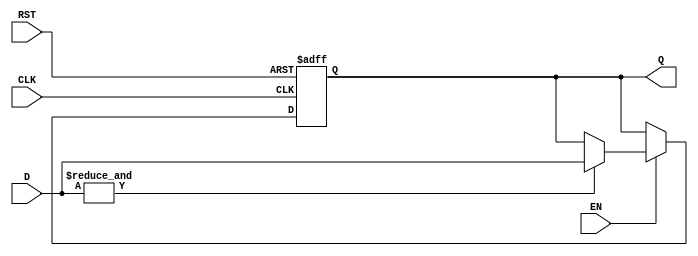
module BarrierRegister #(
    parameter N = 4 // Number of data inputs
)(
    input wire [N-1:0] D,    // Data inputs
    input wire EN,            // Enable signal
    input wire CLK,           // Clock signal
    input wire RST,           // Reset signal
    output reg [N-1:0] Q      // Synchronized output
);

// Asynchronous reset
always @(posedge CLK or posedge RST) begin
    if (RST) begin
        Q <= {N{1'b0}}; // Initialize output to zero
    end else if (EN) begin
        // Check if all inputs are valid (not in reset state)
        if (&D) begin // All inputs must be high (valid)
            Q <= D; // Capture the inputs
        end
        // If not all inputs are valid, retain previous value of Q
    end
end

endmodule